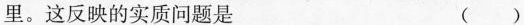
里。这反映的实质问题是 ()